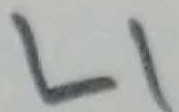
Text: L1